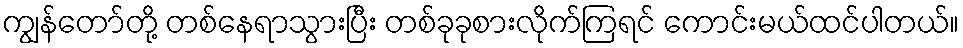
ကျွန်တော်တို့ တစ်နေရာသွားပြီး တစ်ခုခုစားလိုက်ကြရင် ကောင်းမယ်ထင်ပါတယ်။